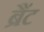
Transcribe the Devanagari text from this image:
ब्रैंट